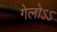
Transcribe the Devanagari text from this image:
गेलोऽऽ